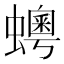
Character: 𧒹